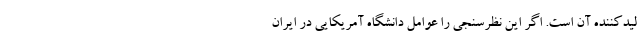
لیدکننده آن است. اگر این نظرسنجی را عوامل دانشگاه آمریکایی در ایران